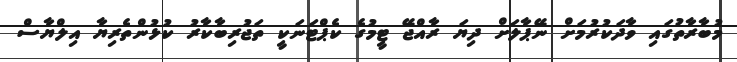
މުބާރާތުގައި ވާދަކުރުމަށް ނޭޕާލަށް ދިޔަ ރާއްޖޭ ޓީމުގެ ކެޕްޓަނަކީ ތަޖުރިބާކާރު ކުޅުންތެރިޔާ އިލްޔާސް